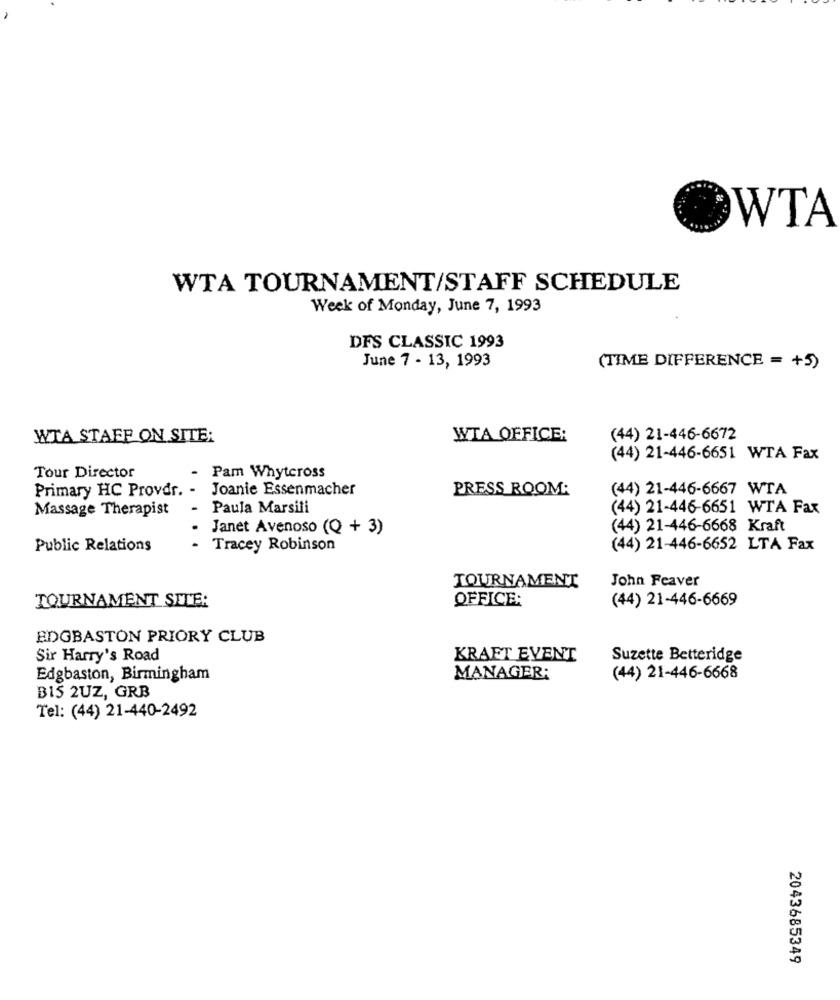
WTA
WTA TOURNAMENT/STAFF SCHEDULE
Week of Monday, June 7, 1993
DFS CLASSIC 1993
June 7 - 13, 1993
(TIME DIFFERENCE = +5)
WTA STAFF ON SITE:
WTA OFFICE:
(44) 21-446-6672
(44) 21-446-6651 WTA Fax
Tour Director
Pam Whyteross
Primary HC Provdr. -
Joanie Essenmacher
PRESS ROOM:
(44) 21-446-6667 WTA
Massage Therapist
-
Paula Marsili
(44) 21-446-6651 WTA Fax
Janet Avenoso (Q + 3)
(44) 21-446-6668 Kraft
Public Relations
.
Tracey Robinson
(44) 21-446-6652 LTA Fax
John Feaver
TOURNAMENT
TOURNAMENT SITE:
OFFICE:
(44) 21-446-6669
EDGBASTON PRIORY CLUB
Sir Harry's Road
KRAFT EVENT
Suzette Betteridge
Edgbaston, Birmingham
MANAGER:
(44) 21-446-6668
B15 2UZ, GRB
Tel: (44) 21-440-2492
2043685349